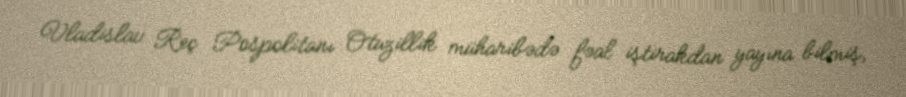
Vladislav Reç Pospolitanı Otuzillik müharibədə fəal iştirakdan yayına bilmiş,